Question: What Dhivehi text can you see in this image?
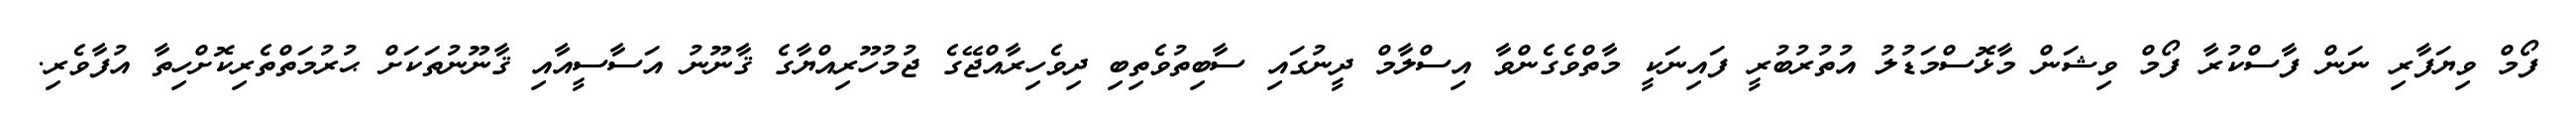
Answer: ފޯމް ވިޔަފާރި ނަން ފާސްކުރާ ފޯމް ވިޝަން މާޅޮސްމަޑުލު އުތުރުބުރީ ފައިނަކީ މާތްވެގެންވާ އިސްލާމް ދީނުގައި ސާބިތުވެތިބި ދިވެހިރާއްޖޭގެ ޖުމުހޫރިއްޔާގެ ޤާނޫނު އަސާސީއާއި ޤާނޫނުތަކަށް ޙުރުމަތްތެރިކޮށްހިތާ އުފާވެރި.